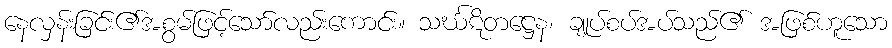
နေလှန်းခြင်း၏အစွမ်ဖြင့်သော်လည်းကောင်း။ သင်္ဃဋိတဋ္ဌေန၊ ချုပ်စပ်အပ်သည်၏ အဖြစ်ဟူသော